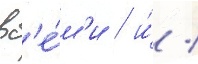
вс'е́м'и / и́ /